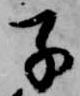
子